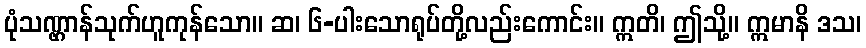
ပုံသဏ္ဌာန်သုက်ဟူကုန်သော။ ဆ၊ ၆-ပါးသောရုပ်တို့လည်းကောင်း။ ဣတိ၊ ဤသို့။ ဣမာနိ ဒသ၊